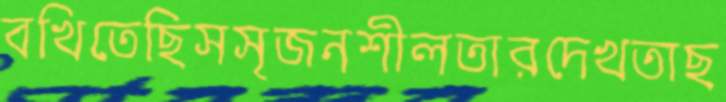
বখিতেছিসসৃজনশীলতারদেখতাছ